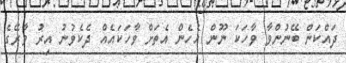
ދައްކަން ބޭނުންވާ ވާހަކަ ނޫން އެހެން އެތަށް ވާހަކައެއް ދެކެވުނު އިރު ވާރޭގެ